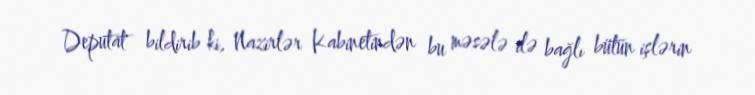
Deputat bildirib ki, Nazirlər Kabinetindən bu məsələ ilə bağlı bütün işlərin